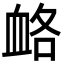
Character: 衉